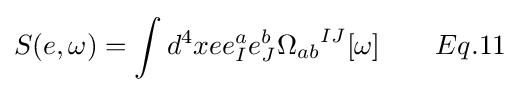
S(e,\omega )=\int d^{4}xee_{I}^{a}e_{J}^{b}{\Omega _{ab}}^{IJ}[\omega ]\qquad Eq.11